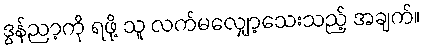
ဒွန်ညာ့ကို ရဖို့ သူ လက်မလျှော့သေးသည့် အချက်။